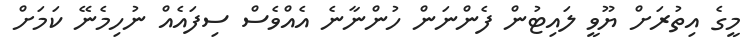
މީގެ އިތުރަށް ޔޫވީ ލައިޓުން ފެންނަން ހުންނާނެ އެއްވެސް ސިފައެއް ނުހިމެނޭ ކަމަށް